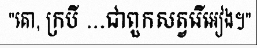
"គោ, ក្របី ...ជាពួកសត្វរើអៀង។"